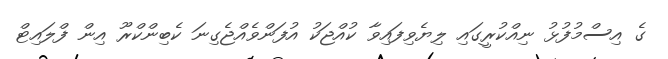
ގެ އިސްމުފުޅު ނިއްކުރީގައި ލިޔެވިފައިވާ ކުއްޖަކު އުފަންވެއްޖެގިނަ ކެބިންކްރޫ އިން ފްލައިޓް